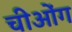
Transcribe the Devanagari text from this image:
चीओंग